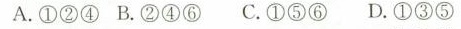
A.①②④ B.②④⑥ C.①⑤⑥ D.①③⑤